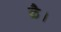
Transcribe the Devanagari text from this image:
ळै।